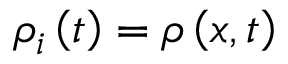
{ \rho } _ { i } \left( t \right) = \rho \left( x , t \right)